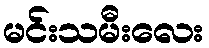
မင်းသမီးလေး